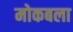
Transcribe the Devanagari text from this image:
मोकबला